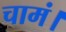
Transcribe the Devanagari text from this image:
चामं।